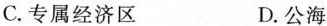
C.专属经济区 D.公海